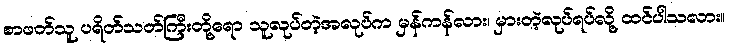
စာဖတ်သူ ပရိတ်သတ်ကြီးတို့ရော သူလုပ်တဲ့အလုပ်က မှန်ကန်လား၊ မှားတဲ့လုပ်ရပ်လို့ ထင်ပါသလား။